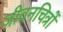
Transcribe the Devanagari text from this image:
जीवनचित्रों